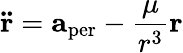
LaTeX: \mathbf{\ddot{r}}=\mathbf{a}_{\mathrm{per}}-{\frac{\mu}{r^{3}}}\mathbf{r}